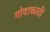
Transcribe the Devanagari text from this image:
गोदाकाठी